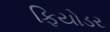
ફિયોડર